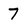
Character: 7